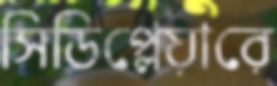
সিডিপ্লেয়ারে